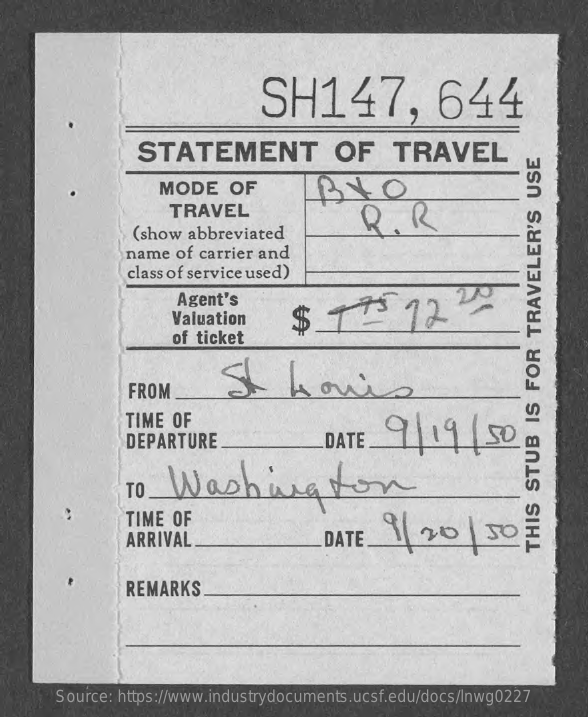
SH147,    644
     STATEMENT    OF    TRAVEL
     MODE    OF    BIO
     TRAVEL
     (show abbreviated
     R.    R
     name  of carrier and
     class of service used)
     Agent's
     Valuation    $    73    12
     of ticket
     FROM
     TIME OF
     DEPARTURE    DATE    9119150
     TO  Washington
     TIME OF
     ARRIVAL    DATE   9/20    50   THIS
     STUB
     IS
     FOR
     TRAVELER'S
     USE
     REMARKS
     Source: https://www.industrydocuments.ucsf.edu/docs/lnwg0227